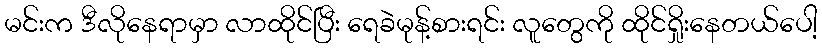
မင်းက ဒီလိုနေရာမှာ လာထိုင်ပြီး ရေခဲမုန့်စားရင်း လူတွေကို ထိုင်ရှိုးနေတယ်ပေါ့